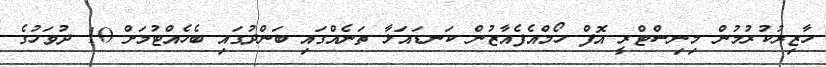
ހާޒިރުކުރުމުން މިނިސްޓްރީ އޮފް ހޯމްއެފެއާޒުން ކަނޑައަޅާ ތަނެއްގައި ބަންދުގައި ބެހެއްޓުމަށް 10 ދުވަހުގެ